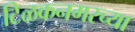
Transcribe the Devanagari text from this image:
टिळकनगरच्या